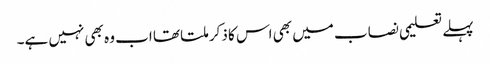
پہلے تعلیمی نصاب میں بھی اس کا ذکر ملتا تھا اب وہ بھی نہیں ہے۔